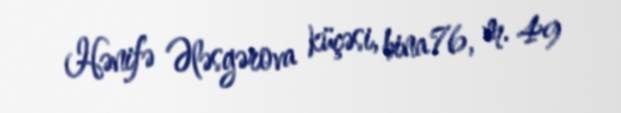
Hənifə Ələsgərova küçəsi, bina 76, m. 49